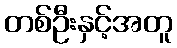
တစ်ဦးနှင့်အတူ